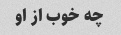
چه خوب از او